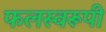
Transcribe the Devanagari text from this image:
फलस्वरूपी